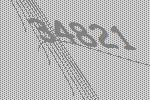
34821